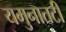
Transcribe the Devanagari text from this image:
यमुनातटी